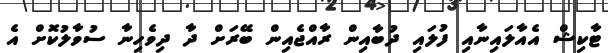
ޓާކިޝް އެއާލައިނާއި ފުލައި ދުބާއިން ރާއްޖެއިން ބޭރަށް ދާ ދިވެހިނާ ސުވާލުކޮށް އެ